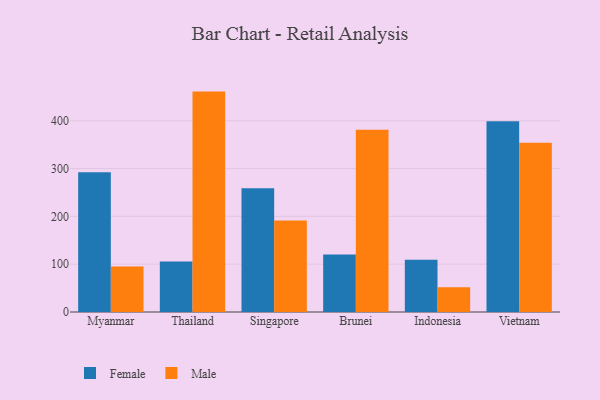
{"axis": {"x": "Country", "y": "Market Share (%)"}, "legend": ["Female", "Male"], "data": [{"x": "Myanmar", "y": 292.0, "type": "Female"}, {"x": "Myanmar", "y": 95.4, "type": "Male"}, {"x": "Thailand", "y": 105.8, "type": "Female"}, {"x": "Thailand", "y": 460.9, "type": "Male"}, {"x": "Singapore", "y": 258.9, "type": "Female"}, {"x": "Singapore", "y": 191.5, "type": "Male"}, {"x": "Brunei", "y": 120.0, "type": "Female"}, {"x": "Brunei", "y": 381.0, "type": "Male"}, {"x": "Indonesia", "y": 109.1, "type": "Female"}, {"x": "Indonesia", "y": 51.7, "type": "Male"}, {"x": "Vietnam", "y": 399.0, "type": "Female"}, {"x": "Vietnam", "y": 354.1, "type": "Male"}]}